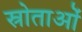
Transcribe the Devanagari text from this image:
स्रोताओं